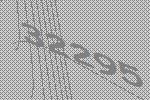
32295